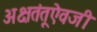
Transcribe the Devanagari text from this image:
अक्षतंतूऐवजी